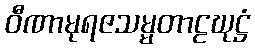
ဝီဏာမုရဇသမ္မတာဠဃုဋ္ဌံ